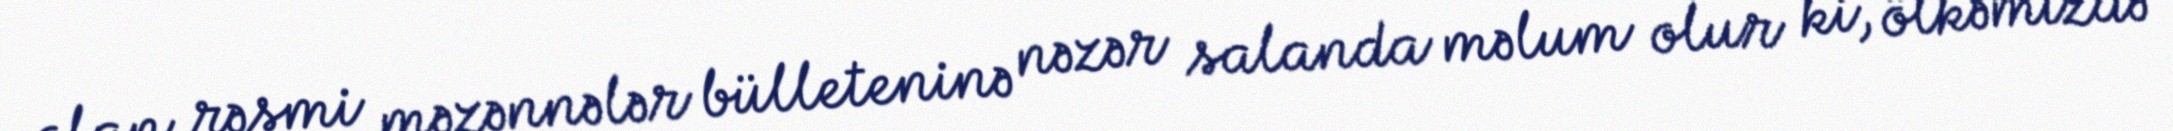
olan rəsmi məzənnələr bülleteninə nəzər salanda məlum olur ki, ölkəmizdə